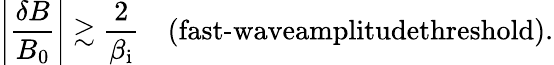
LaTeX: \left|\frac{\delta B}{B_{0}}\right|\gtrsim\frac{2}{\beta_{\mathrm{i}}}\quad\textrm{(fast-waveamplitudethreshold)}.